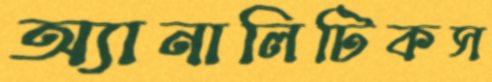
অ্যানালিটিকস